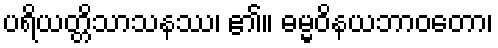
ပရိယတ္တိသာသနဿ၊ ၏။ ဓမ္မဝိနယဘာဝတော၊